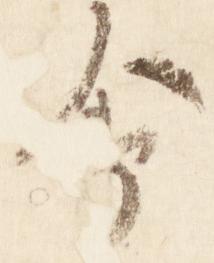
会